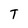
Character: T